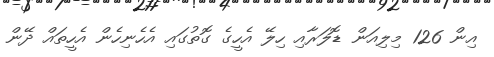
އިން 126 މިލިއަން ޑޮލަރާއި ހިލޭ އެހީގެ ގޮތުގައި އެހެނިހެން އެހީތައް ދޭން